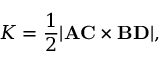
K = { \frac { 1 } { 2 } } | \mathbf { A C } \times \mathbf { B D } | ,